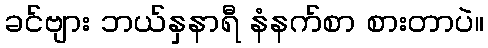
ခင်ဗျား ဘယ်နှနာရီ နံနက်စာ စားတာပဲ။